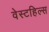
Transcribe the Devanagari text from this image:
वेस्टहिल्स